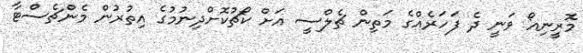
މޮރީނިއޯ ވަނީ ދެ ފަހަރެއްގެ މަތިން ޗެލްސީ އަށް ކޯޗުކޮށްދިނުމުގެ އިތުރުން މެންޗެސްޓާ